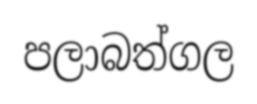
පලාබත්ගල